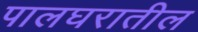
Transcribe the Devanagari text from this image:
पालघरातील